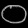
Digit: ၀